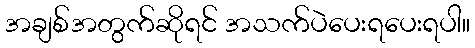
အချစ်အတွက်ဆိုရင် အသက်ပဲပေးရပေးရပါ။